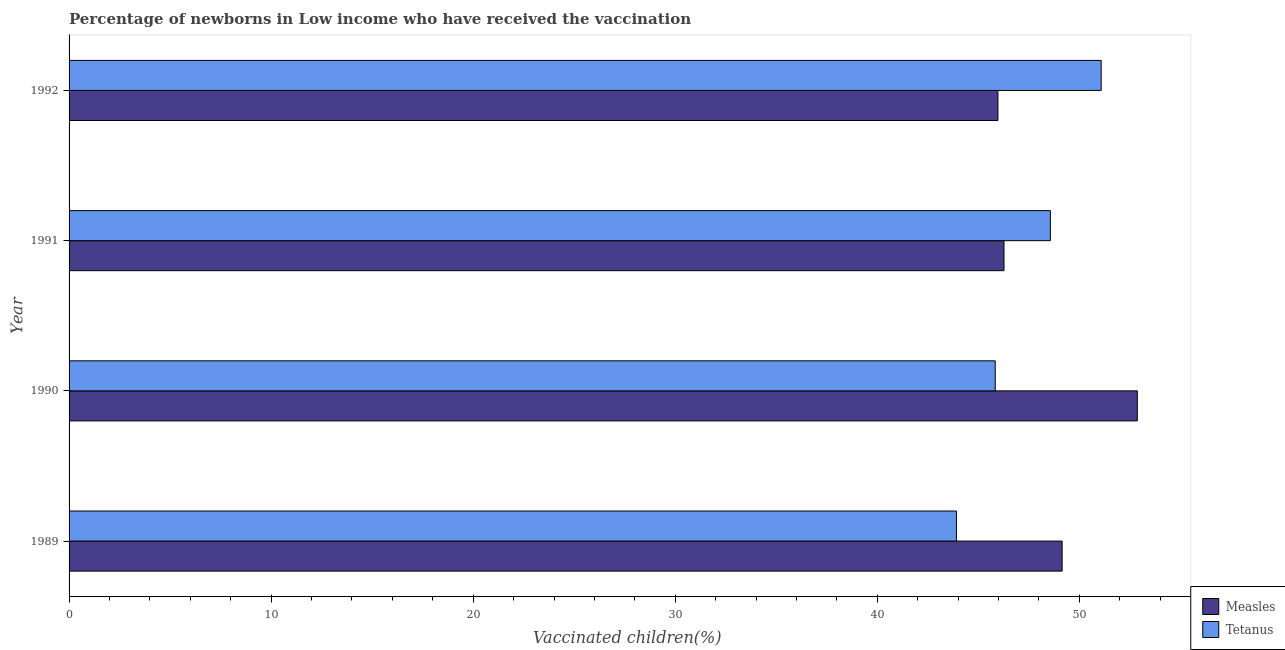
| Year | Measles | Tetanus |
 | --- | --- | --- |
 | 1989 | 49.1 | 43.9 |
 | 1990 | 52.9 | 45.8 |
 | 1991 | 46.3 | 48.6 |
 | 1992 | 46 | 51.1 |